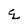
Character: q